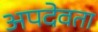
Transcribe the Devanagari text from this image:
अपदेवता